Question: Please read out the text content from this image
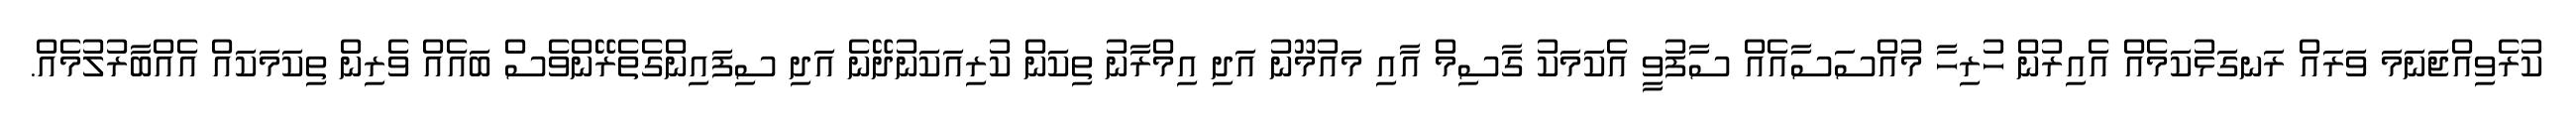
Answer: ކުރެވިއްޖަނަމަ ވަރައް ރަނގަޅުކަމެއް އެއިރުން ހުރިހާ މުައްސަސާއެއް ސާފުވީ އެކަމަކު ގާސިމް އާއި މައުމޫނު އަދި އިމްރާނު ތިކަން ކުރިއަކަނުދޭނެ އަދި ސިފައިންގެތެރޭންވެސް ބައެއް ވެރިން ތިކަމަކައް އެއްބާރުލުމެއް.